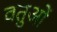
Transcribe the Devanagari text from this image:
वतुओं